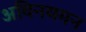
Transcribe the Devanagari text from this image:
अविनयमन